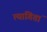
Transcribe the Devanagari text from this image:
त्यागितां